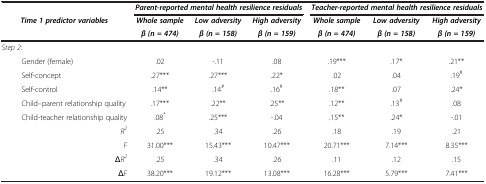
|  | <COLSPAN=3> Parent-reported mental health resilience residuals | <COLSPAN=3> Teacher-reported mental health resilience residuals |
 | Time 1 predictor variables | Whole sample | Low adversity | High adversity | Whole sample | Low adversity | High adversity |
 |  | β (n = 474) | β (n = 158) | β (n = 159) | β (n = 474) | β (n = 158) | β (n = 159) |
 | --- | --- | --- | --- | --- | --- | --- |
 | Step 2: |  |  |  |  |  |  |
 | Gender (female) | .02 | -.11 | .08 | .19*** | .17* | .21** |
 | Self-concept | .27*** | .27*** | .22* | .02 | .04 | .19# |
 | Self-control | .14** | .14# | .16# | .18** | .07 | .24* |
 | Child–parent relationship quality | .17*** | .22** | .25** | .12** | .13# | .08 |
 | Child-teacher relationship quality | .08* | .25*** | -.04 | .15** | .24* | -.01 |
 | R2 | .25 | .34 | .26 | .18 | .19 | .21 |
 | F | 31.00*** | 15.43*** | 10.47*** | 20.71*** | 7.14*** | 8.35*** |
 | ΔR2 | .25 | .34 | .26 | .11 | .12 | .15 |
 | ΔF | 38.20*** | 19.12*** | 13.08*** | 16.28*** | 5.79*** | 7.41*** |